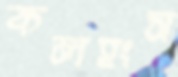
কলহংস